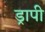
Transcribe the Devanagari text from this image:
ड्रापी